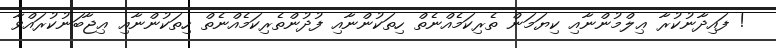
! ފައިދާނުކުރާ ޢިލްމުންނާއި ކިޔަމަން ތެރިކަމެއްނެތް ހިތަކުންނާއި ފުދުންތެރިކަމެއްނެތް ހިތަކުންނާއި ޢިޖާބަނުކުރައްވާ